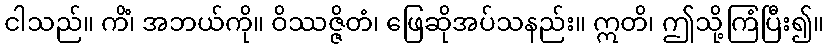
ငါသည်။ ကိံ၊ အဘယ်ကို။ ဝိဿဇ္ဇိတံ၊ ဖြေဆိုအပ်သနည်း။ ဣတိ၊ ဤသို့ကြံပြီး၍။